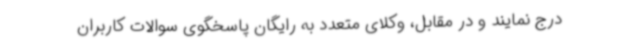
درج نمایند و در مقابل، وکلای متعدد به رایگان پاسخگوی سوالات کاربران